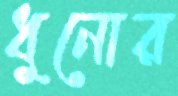
ধুনোর